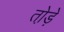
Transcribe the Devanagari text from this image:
तो़ड़े